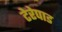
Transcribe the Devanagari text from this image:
टेरेपाड